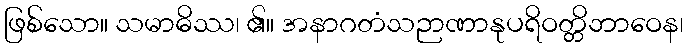
ဖြစ်သော။ သမာဓိဿ၊ ၏။ အနာဂတံသဉာဏာနုပရိဝတ္တိဘာဝေန၊